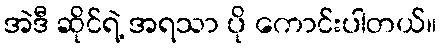
အဲဒီ ဆိုင်ရဲ့ အရသာ ပို ကောင်းပါတယ်။